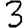
Digit: 3